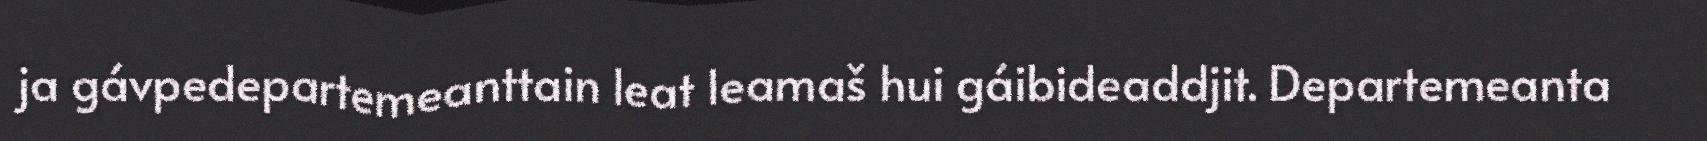
ja gávpedepartemeanttain leat leamaš hui gáibideaddjit. Departemeanta